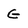
Character: G